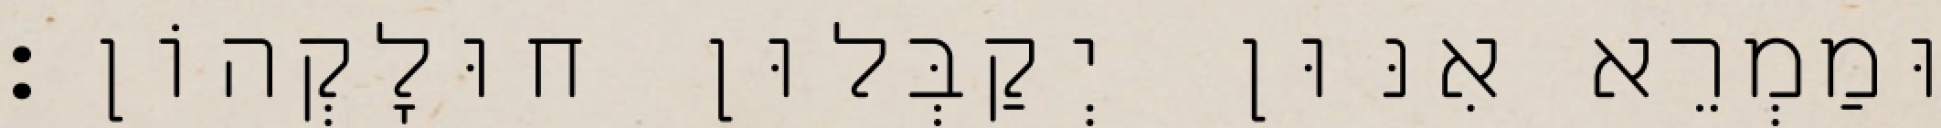
וּמַמְרֵא אִנּוּן יְקַבְּלוּן חוּלָקְהוֹן׃